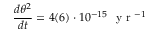
\frac { d \theta ^ { 2 } } { d t } = 4 ( 6 ) \cdot 1 0 ^ { - 1 5 } \ \mathrm { ~ y ~ r ~ } ^ { - 1 }